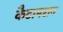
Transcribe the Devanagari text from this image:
कैटामरान